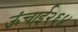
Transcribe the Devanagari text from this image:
ऊंचाई२६४